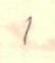
1